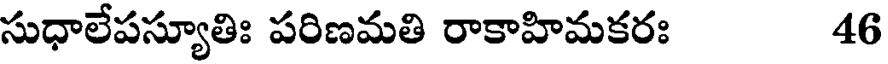
సుధాలేపస్యూతిః పరిణమతి రాకాహిమకరః 46